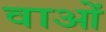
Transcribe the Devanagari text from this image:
वाओं